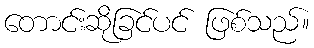
တောင်းဆိုခြင်ပင် ဖြစ်သည်။